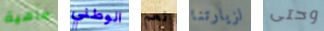
ماهية الوطني نعم لزيارتنا وحتى